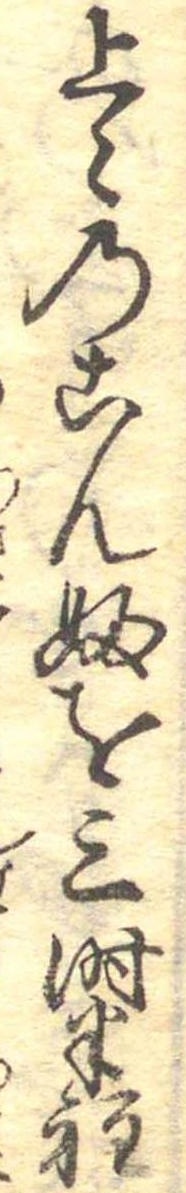
上〻のこんふを三時半程